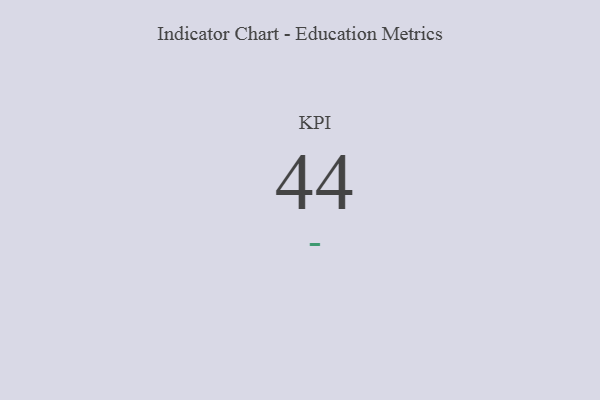
{"axis": {"x": "KPI", "y": "Value"}, "legend": [""], "data": [{"x": "KPI", "y": 44, "type": ""}]}